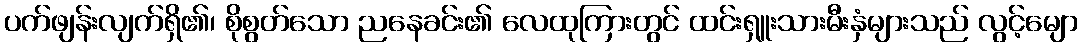
ပက်ဖျန်းလျက်ရှိ၏၊ စိုစွတ်သော ညနေခင်း၏ လေထုကြားတွင် ထင်းရှူးသားမီးနှံများသည် လွင့်မျော